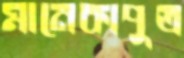
মানেকাপুত্র